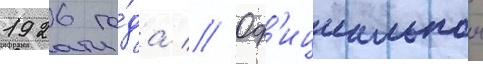
1926 го́да // Оф'ициальнои